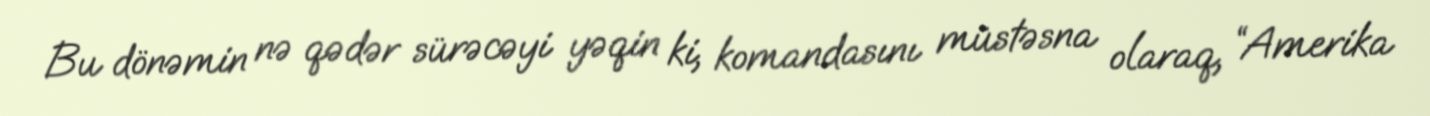
Bu dönəmin nə qədər sürəcəyi yəqin ki, komandasını müstəsna olaraq, “Amerika